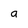
Character: a